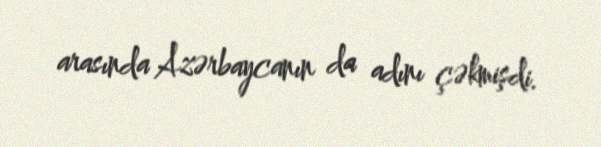
arasında Azərbaycanın da adını çəkmişdi.